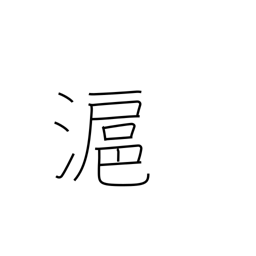
Meaning: another name for Shanghai